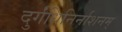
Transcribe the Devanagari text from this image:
दुर्गंधिनिर्नाशनम्